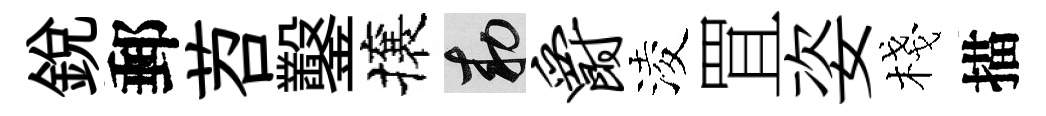
銳郵苕鑿攘敕爵淩罝姿棧描